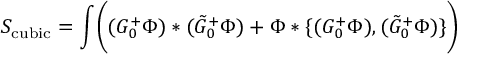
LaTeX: S _ { \mathrm { c u b i c } } = \int \biggl ( ( G _ { 0 } ^ { + } \Phi ) * ( \tilde { G } _ { 0 } ^ { + } \Phi ) + \Phi * \{ ( G _ { 0 } ^ { + } \Phi ) , ( \tilde { G } _ { 0 } ^ { + } \Phi ) \} \biggr )